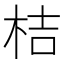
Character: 桔